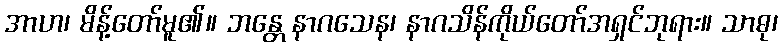
အာဟ၊ မိန့်တော်မူ၏။ ဘန္တေ နာဂသေန၊ နာဂသိန်ကိုယ်တော်အရှင်ဘုရား။ သာဓု၊